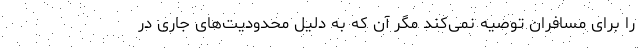
را برای مسافران توصیه نمی‌کند مگر آن که به دلیل محدودیت‌های جاری در